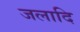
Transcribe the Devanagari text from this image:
जलादि